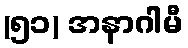
(၅၁) အနာဂါမီ